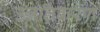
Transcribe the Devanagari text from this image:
उन्नतिकरण